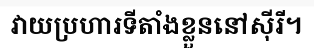
វាយប្រហារទីតាំងខ្លួននៅស៊ីរី។